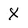
Character: X